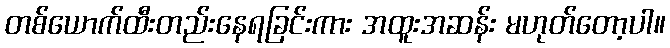
တစ်ယောက်ထီးတည်းနေရခြင်းကား အထူးအဆန်း မဟုတ်တော့ပါ။